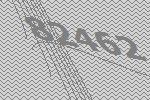
82462